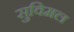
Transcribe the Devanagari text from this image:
सुविमल